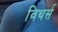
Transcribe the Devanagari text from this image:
विथर्स